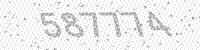
Solution: 587774